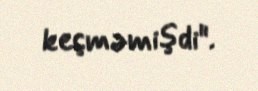
keçməmişdi".